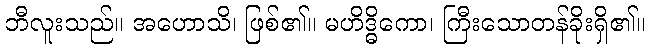
ဘီလူးသည်။ အဟောသိ၊ ဖြစ်၏။ မဟိဒ္ဓိကော၊ ကြီးသောတန်ခိုးရှိ၏။